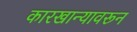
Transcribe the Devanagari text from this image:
कारखान्यावरून